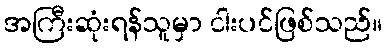
အကြီးဆုံးရန်သူမှာ ငါးပင်ဖြစ်သည်။